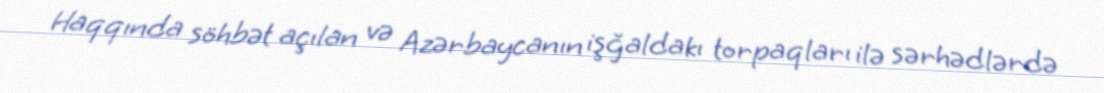
Haqqında söhbət açılan və Azərbaycanın işğaldakı torpaqları ilə sərhədlərdə